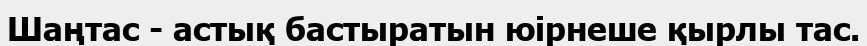
Шаңтас - астық бастыратын юірнеше қырлы тас.